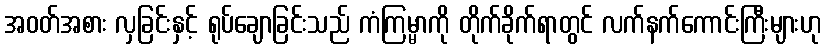
အဝတ်အစား လှခြင်းနှင့် ရုပ်ချောခြင်းသည် ကံကြမ္မာကို တိုက်ခိုက်ရာတွင် လက်နက်ကောင်းကြီးများဟု